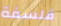
فلسفة